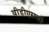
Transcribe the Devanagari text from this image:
बीडीएसची